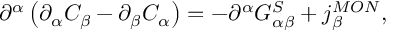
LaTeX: \partial ^ { \alpha } \left( \partial _ { \alpha } C _ { \beta } - \partial _ { \beta } C _ { \alpha } \right) = - \partial ^ { \alpha } G _ { \alpha \beta } ^ { S } + j _ { \beta } ^ { M O N } ,